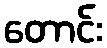
တောင်း